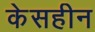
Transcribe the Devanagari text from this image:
केसहीन